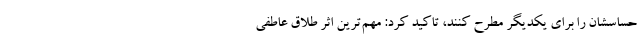
حساسشان را برای یکدیگر مطرح کنند، تاکید کرد: مهم‌ترین اثر طلاق عاطفی